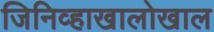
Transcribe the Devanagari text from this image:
जिनिव्हाखालोखाल